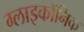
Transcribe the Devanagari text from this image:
ग्लाइकॉनिक